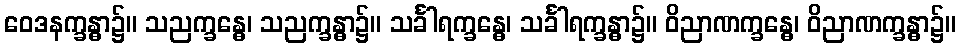
ဝေဒနက္ခန္ဓာ၌။ သညက္ခန္ဓေ၊ သညက္ခန္ဓာ၌။ သင်္ခါရက္ခန္ဓေ၊ သင်္ခါရက္ခန္ဓာ၌။ ဝိညာဏက္ခန္ဓေ၊ ဝိညာဏက္ခန္ဓာ၌။